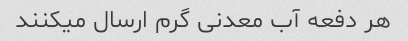
هر دفعه آب معدنی گرم ارسال میکنند